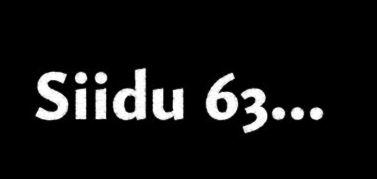
Siidu 63...